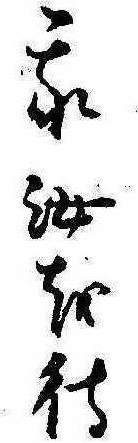
我汝を待